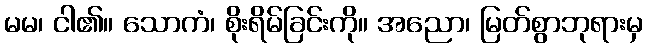
မမ၊ ငါ၏။ သောကံ၊ စိုးရိမ်ခြင်းကို။ အညော၊ မြတ်စွာဘုရားမှ